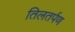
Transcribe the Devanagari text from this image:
तिलतर्पण